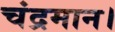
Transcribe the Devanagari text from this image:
चंद्रमान।